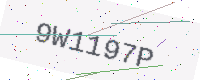
Text: 9W1197P